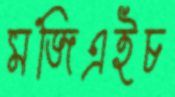
মজিএইচ